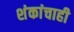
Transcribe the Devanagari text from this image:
शंकांचाही